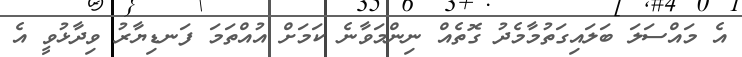
އެ މައްސަލަ ބަލައިގަތުމާމެދު ގޮތެއް ނިންމަވާނެ ކަމަށް އުއްތަމަ ފަނޑިޔާރު ވިދާޅުވީ އެ